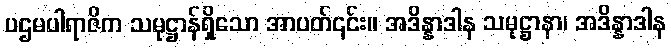
ပဌမပါရာဇိက သမုဋ္ဌာန်ရှိသော အာပတ်၎င်း။ အဒိန္နာဒါန သမုဋ္ဌာနာ၊ အဒိန္နာဒါန